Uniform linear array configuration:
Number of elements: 48
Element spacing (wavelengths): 0.5
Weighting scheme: exponential
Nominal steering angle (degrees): -60
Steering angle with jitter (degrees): -61.247
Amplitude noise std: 0.05
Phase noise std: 0.05

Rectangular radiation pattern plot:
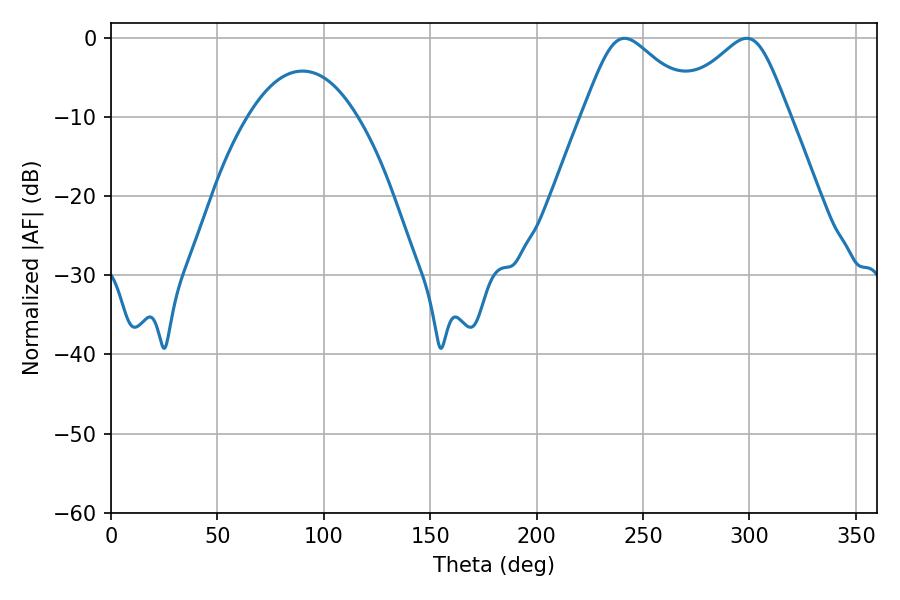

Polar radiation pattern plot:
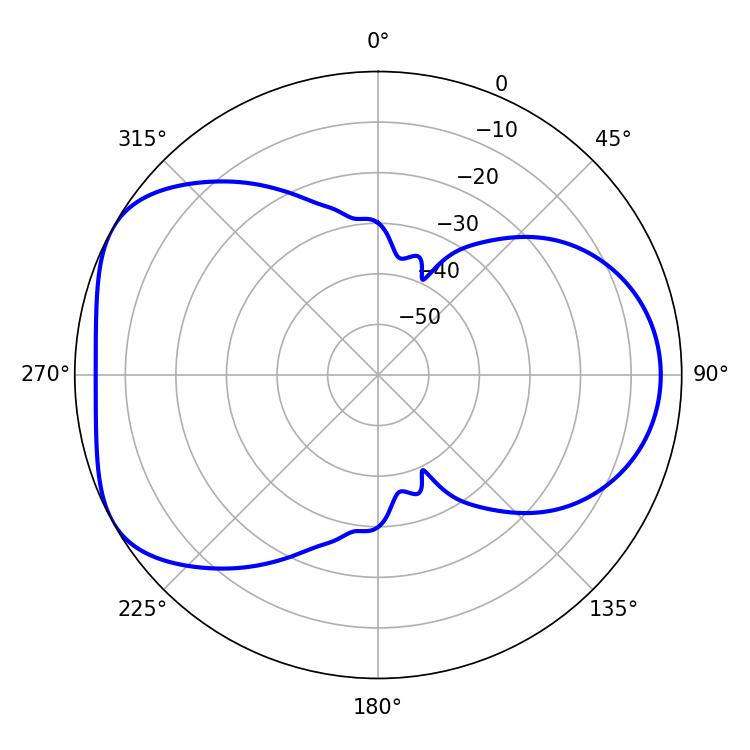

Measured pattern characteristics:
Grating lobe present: FALSE
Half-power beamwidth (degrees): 27
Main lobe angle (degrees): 241.2